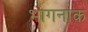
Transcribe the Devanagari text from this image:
भागनाक